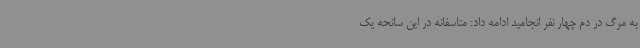
به مرگ در دم چهار نفر انجامید ادامه داد: متاسفانه در این سانحه یک